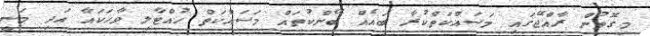
މިގޮތުން ރާއްޖޭގައި މަސައްކަތްކުރާ ބައެއް ބޭންކުތައް މަސައްކަތް ހުއްޓާލި ވާހަކައާ އަދި މަނީ